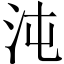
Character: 沌